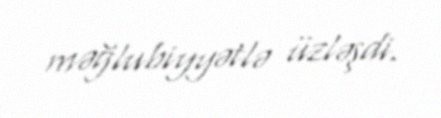
məğlubiyyətlə üzləşdi.